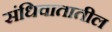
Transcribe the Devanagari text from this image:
संधिवातातील